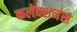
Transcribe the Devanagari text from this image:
कलेक्शनंस